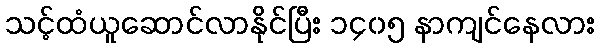
သင့်ထံယူဆောင်လာနိုင်ပြီး ၁၄၀၅ နာကျင်နေလား